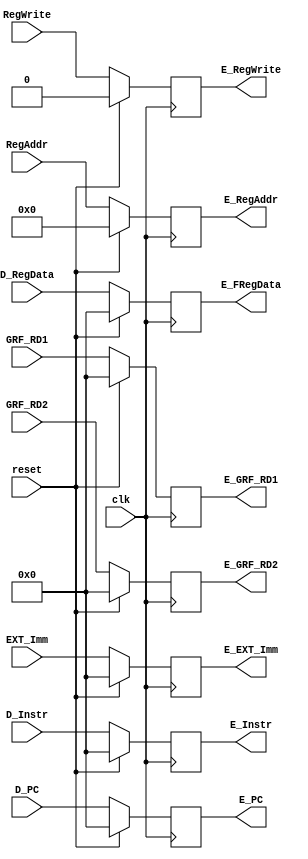
`timescale 1ns / 1ps
module E_register (
    input [31:0] D_Instr,
    input [31:0] D_PC,
    input [31:0] D_RegData,
    input [31:0] GRF_RD1,
    input [31:0] GRF_RD2,
    input [31:0] EXT_Imm,
    input [4:0] RegAddr,
    input RegWrite,
    input clk,
    input reset,
    output [31:0] E_Instr,//E
    output [31:0] E_PC,
    output [31:0] E_FRegData,
    output [31:0] E_GRF_RD1,
    output [31:0] E_GRF_RD2,
    output [31:0] E_EXT_Imm,
    output E_RegWrite,
    output [4:0] E_RegAddr
);
   
   reg [31:0] instr, pc, regdata, rd1, rd2, ext_imm;
   reg [4:0] regaddr;
   reg regwrite;

   initial begin
       instr = 0;
       pc = 0;
       regdata = 0;
       rd1 = 0;
       rd2 = 0;
       regaddr = 0;
       regwrite = 0;
       ext_imm = 0;
   end

   always @(posedge clk) begin
       if(reset == 1)begin
           instr <= 0;
           pc <= 0;
           regdata <= 0;
           rd1 <= 0;
           rd2 <= 0;
           regaddr <= 0;
           regwrite <= 0;
           ext_imm <= 0;
       end
       else begin
           instr <= D_Instr;
           pc <= D_PC;
           regdata <= D_RegData;
           rd1 = GRF_RD1;
           rd2 <= GRF_RD2;
           regaddr <= RegAddr;
           regwrite <= RegWrite;
           ext_imm <= EXT_Imm;
       end
   end

   assign E_Instr = instr;
   assign E_PC = pc;
   assign E_FRegData = regdata;
   assign E_GRF_RD1 = rd1;
   assign E_GRF_RD2 = rd2;
   assign E_EXT_Imm = ext_imm;
   assign E_RegAddr = regaddr;
   assign E_RegWrite = regwrite; 
endmodule